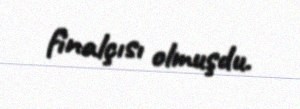
finalçısı olmuşdu.